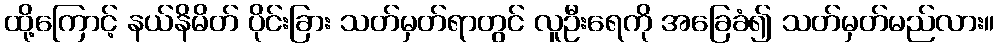
ထို့ကြောင့် နယ်နိမိတ် ပိုင်းခြား သတ်မှတ်ရာတွင် လူဦးရေကို အခြေခံ၍ သတ်မှတ်မည်လား။